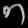
Digit: ၈